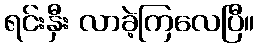
ရင်းနှီး လာခဲ့ကြလေပြီ။